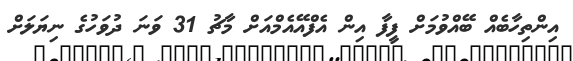
އިންތިހާބެއް ބޭއްވުމަށް ފީފާ އިން އެފްއޭއެމްއަށް މާޗު 31 ވަނަ ދުވަހުގެ ނިޔަލަށް